Madras plague regulations in force outside the Presidency town - Volume 5
Disease focus: Plague
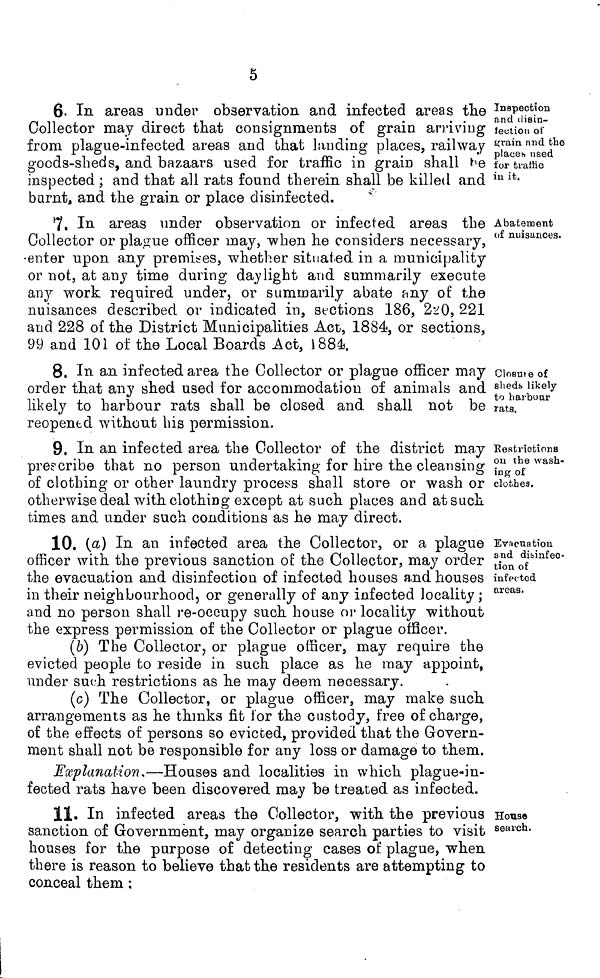
5
Inspection
a.nd desin-
fection of
grain and the
places used
for traffic
in it.
6. In areas under observation and infected areas the
Collector may direct that consignments of grain arriving
from plague-infected areas and that landing places, railway
goods-sheds, and bazaars used for traffic in grain shall be
inspected ; and that all rats found therein shall be killed and
burnt, and the grain or place disinfected.
Abatement
of nuisances.
7. In areas under observation or infected areas the
Collector or plague officer may, when he considers necessary,
-enter upon any premises, whether situated in a municipality
or not, at any time during daylight and summarily execute
any work required under, or summarily abate any of the
nuisances described or indicated in, sections 186, 220, 221
and 228 of the District Municipalities Act, 1884, or sections,
99 and 101 of the Local Boards Act, 1884.
Closure of
sheds likely
to harbour
rats.
8. In an infected area the Collector or plague officer may
order that any shed used for accommodation of animals and
likely to harbour rats shall be closed and shall not be
reopened without his permission.
Restrictions
011 the wash-
ing of
clothes.
9. In an infected area the Collector of the district may
preecribe that no person undertaking for hire the cleansing
of clothing or other laundry process shall store or wash or
otherwise deal with clothing except at such places and at such
times and under such conditions as he may direct.
Evacuation
and disinfec-
tion of
infected
areas.
10. (a) In an infected area the Collector, or a plague
officer with the previous sanction of the Collector, may order
the evacuation and disinfection of infected houses and houses
in their neighbourhood, or generally of any infected locality;
and no person shall re-occupy such house or locality without
the express permission of the Collector or plague officer.
(b) The Collector, or plague officer, may require the
evicted people to reside in such place as he may appoint,
under such restrictions as he may deem necessary.
(c) The Collector, or plague officer, may make such
arrangements as he thinks fit for the custody, free of charge,
of the effects of persons so evicced, provided that the Govern-
ment shall not be responsible for any loss or damage to them.
Explanation,—Houses and localities in which plague-in-
fected rats have been discovered may be treated as infected.
House
search.
11. In infected areas the Collector, with the previous
sanction of Government, may organize search parties to visit
houses for the purpose of detecting cases of plague, when
there is reason to believe that the residents are attempting to
conceal them: